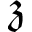
\mathfrak { z }